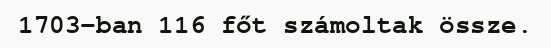
1703-ban 116 főt számoltak össze.